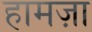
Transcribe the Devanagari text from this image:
हामज़ा